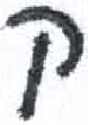
אות: ק